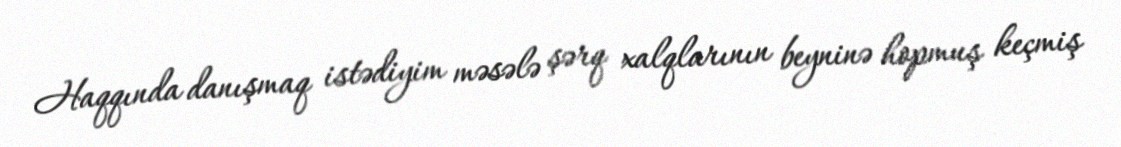
Haqqında danışmaq istədiyim məsələ şərq xalqlarının beyninə hopmuş keçmiş